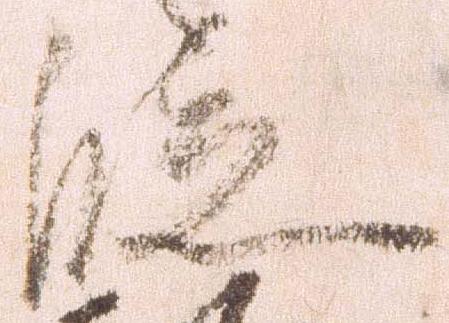
段